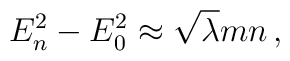
E^2_n - E^2_0 \approx \sqrt{\lambda} m n\,,